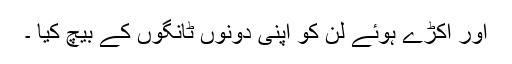
اور اکڑے ہوئے لن کو اپنی دونوں ٹانگوں کے بیچ کیا ۔